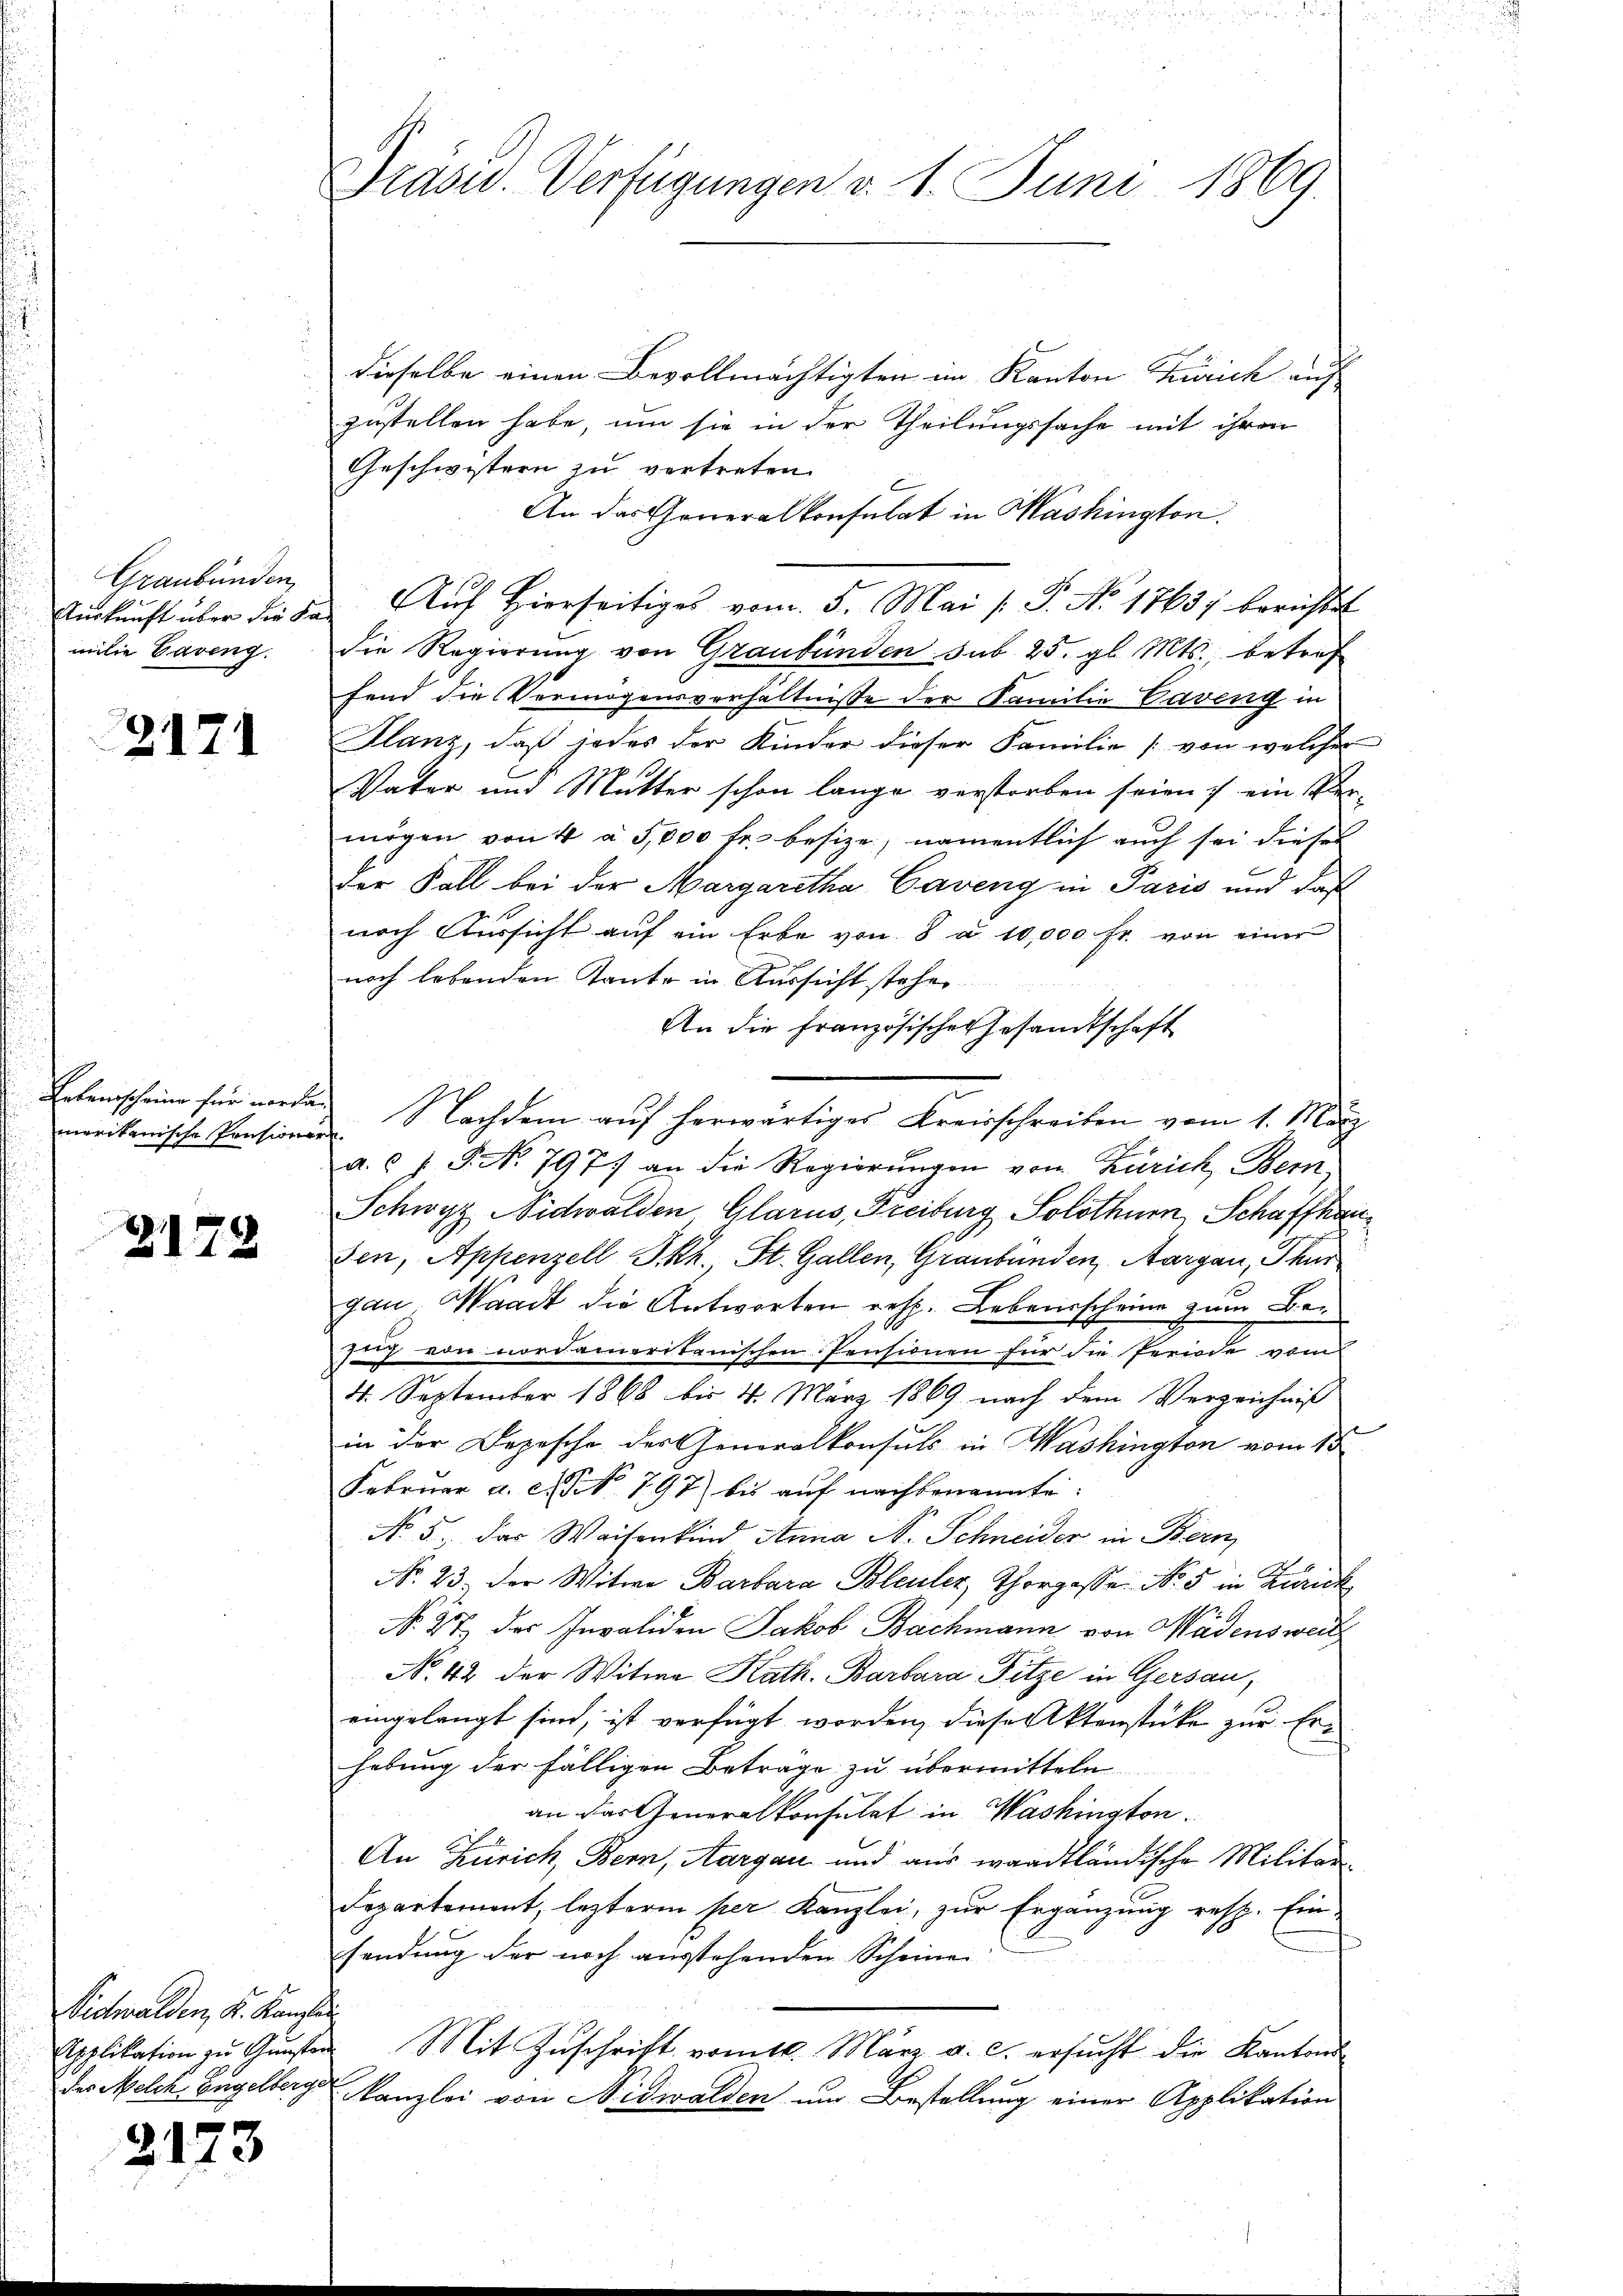
Graubünden,
milie Caveng.

2171

merikanische Pensionern.

3179

dieselbe einen Bevollmächtigten im Kanton Zürich auf
zustellen habe, um sie in der Theilungssache mit ihren
Geschwistern zu vertreten
An das Generalkonsulat in Mashington.
Aŭskŭnft über die da. Aŭf Hierseitiges vom 5. Mai /: P. Nr. 17637 berichtet
die Regierung von Graubünden sub. 25. gl. Mts., betref
fend die Vermögensverhältnisse der Familie Caveny in
Flanz, daß jedes der Kinder dieser Familie (von welcher
Vater und Mutter schon lange verstorben seien & ein Vermögen von 4 à 5,000 fr. besize, namentlich auch sei dieses
der Fall bei der Margaretha Caveng in Paris und daß
nach Aussicht auf ein Erbe von 8 d. 10,000 Fr. von einer
noch lebenden Tante in Aussicht stehen
An die französischen Gesandtschaft
Erkenscheine für werden Nachdem auf herwärtiges Kreisschreiben vom 1. März
a. f. P. No 797. an die Regierungen von Zürich Bern,
Schwyz Nidwalden, Glarus, Freiburg Solothurn, Schaffhauden, Appenzell I.Rh., St. Gallen, Graubünden, Aargau, Thur
gan Waadt die Antworten resp. Lebensscheine zum Bezug von nordameritanischen Pensionen für die Periode vom
4. September 1868 bis 4. März 1869 nach dem Verzeichniß
in der Depesche des Generalkonsuls in Washington vom 15.
Februar a. c. No. 797 bis aŭf nachbenannte:
No. 5. das Waisenkind Anna N. Schneider in Bern,
No. 23. Der Witwe Barbara Bleuler, Thorgasse No. 5 in Zurick
No. 27 des Invaliden Jakob Bachmann von Wädens weit
No. 42 der Witwe Kath. Barbara Fitze in Gersau,
eingelangt sind, ist verfügt worden, diese Aktenstücke zur Erhebung der fälligen Betrage zu übermitteln
an das Generalkonsulat in Washington
An Zürich, Bern, Aargau und aus waadtländische Militär¬
Departement, leztere per Kanzlei, zur Ergänzung resp. Einsendung der noch ausstehenden Scheine
Applikation zŭ Gŭnsten Mit Zŭschrift vom 10. März a. c. ersŭcht die Kantons-
Kanzlei von Nidwalden um Bestellung einer Applikation

Richwalden, d. Kandin
des Melch Engelberge

3173

Prasid. Verfügungen d. 1. Juni 1869.